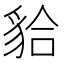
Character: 𧳇